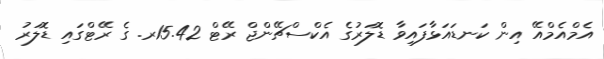
އެމްއެމްއޭ އިން ކަނޑައަޅާފައިވާ ޑޮލަރުގެ އެކްސްޗޭންޖް ރޭޓް 15.42ރ. ގެ ރޭޓްގައި ޑޮލަރު